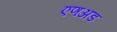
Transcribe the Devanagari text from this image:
एणअड